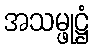
အသမ္ဖုဋ္ဌံ